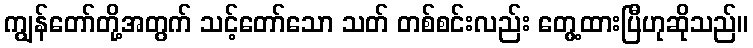
ကျွန်တော်တို့အတွက် သင့်တော်သော သတ် တစ်စင်းလည်း တွေ့ထားပြီဟုဆိုသည်။